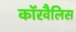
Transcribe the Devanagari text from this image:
कॉरवैलिस